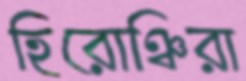
হিরোঞ্চিরা